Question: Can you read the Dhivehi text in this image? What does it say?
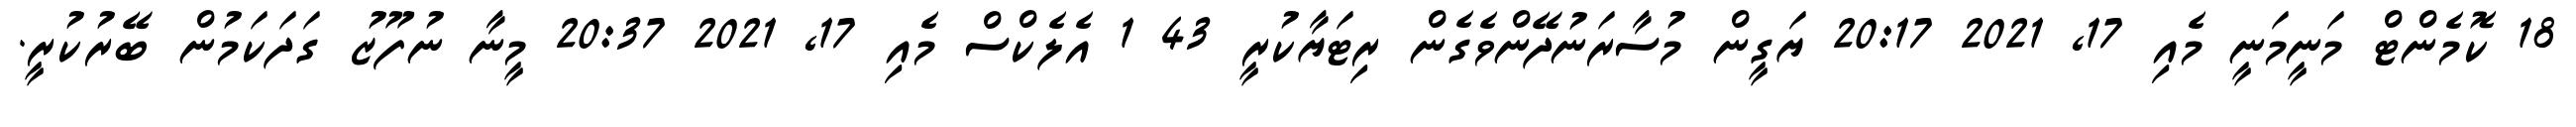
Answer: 18 ކޮމެންޓް މަނީމަނީ މެއި 17, 2021 20:17 ޔަގީން މުސާރަނުދޭންވެގެން ރިޓަޔާކުރީ 43 1 އެލެކްސް މެއި 17, 2021 20:37 މީނާ ނުފޫޒު ގަދަކަމުން ބޭރުކުރީ.